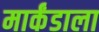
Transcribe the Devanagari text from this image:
मार्कंडाला